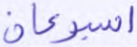
أسبوعان